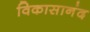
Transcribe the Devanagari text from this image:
विकासानंद